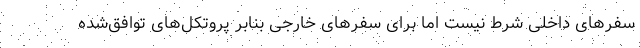
سفرهای داخلی شرط نیست اما برای سفرهای خارجی بنابر پروتکل‌های توافق‌شده